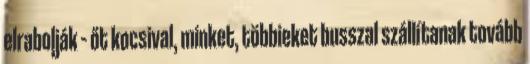
elrabolják – őt kocsival, minket, többieket busszal szállítanak tovább